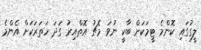
ލީގުގައި ކޮންމެ ޓީމަކަށް ބާކީ ނުވަ މެޗު އޮތްއިރު ގަދަ ހަތަރަކަށް އެންމެ